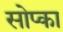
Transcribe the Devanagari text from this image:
सोप्का